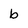
Character: b